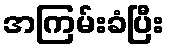
အကြမ်းခံပြီး